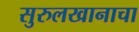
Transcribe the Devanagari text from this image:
सुरुलखानाचा